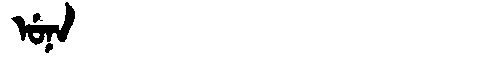
Manchu: ᡠᠨᠠ
Romanization: UNA